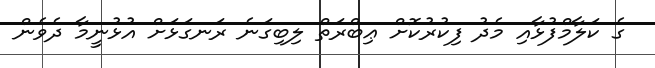
ގެ ކަލާމްފުޅާއި މެދު ފިކުރުކޮށް ޢިބްރަތް ލިބިގަނެ ރަނގަޅަށް އުޅުނީމާ ދެވެން